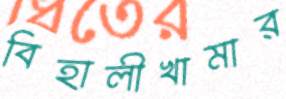
বিহালীখামার